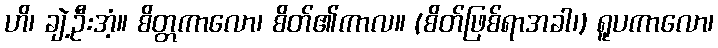
ဟိ၊ ချဲ့ဦးအံ့။ စိတ္တကာလော၊ စိတ်၏ကာလ။ (စိတ်ဖြစ်ရာအခါ၊) ရူပကာလော၊